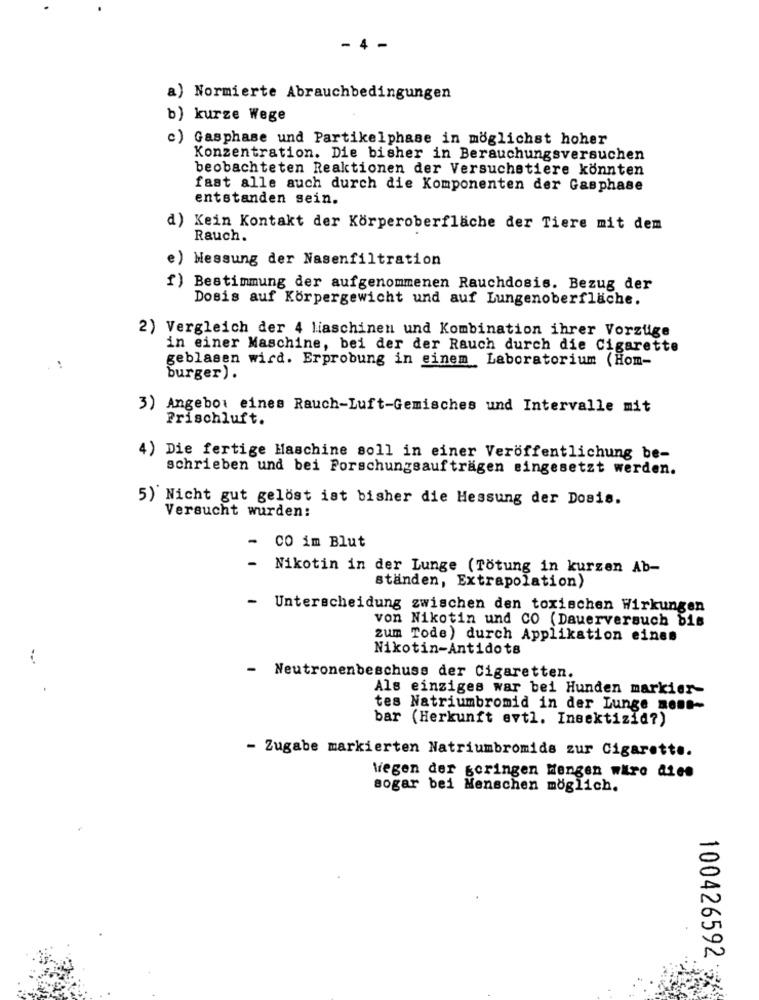
- 4 -
a) Normierte Abrauchbedingungen
b) kurze Wege
c) Gasphase und Partikelphase in möglichst hoher
Konzentration. Die bisher in Berauchungsversuchen
beobachteten Reaktionen der Versuchstiere könnten
fast alle auch durch die Komponenten der Gasphase
entstanden sein.
d)
Kein Kontakt der Körperoberfläche der Tiere mit dem
Rauch.
e) Messung der Nasenfiltration
f) Bestimmung der aufgenommenen Rauchdosis. Bezug der
Dosis auf Körpergewicht und auf Lungenoberfläche.
2) Vergleich der 4 liaschinen und Kombination ihrer Vorzüge
in einer Maschine, bei der der Rauch durch die Cigarette
geblasen wird. Erprobung in einem Laboratorium (Hom-
burger).
3) Angebot eines Rauch-Luft-Gemisches und Intervalle mit
Frischluft.
4) Die fertige Maschine soll in einer Veröffentlichung be-
schrieben und bei Forschungsaufträgen eingesetzt werden.
5) Nicht gut gelöst ist bisher die Hessung der Dosis.
Versucht wurden:
- CO im Blut
-
Nikotin in der Lunge (Tötung in kurzen Ab-
standen, Extrapolation)
- Unterscheidung zwischen den toxischen Wirkungen
von Nikotin und CO (Dauerversuch bis
zum Tode) durch Applikation eines
Nikotin-Antidots
- Neutronenbeschuss der Cigaretten.
Als einziges war bei Hunden markier-
tes Natriumbromid in der Lunge mont-
bar (Herkunft evtl. Insektizid?)
- Zugabe markierten Natriumbromids zur Cigarette.
Wegen der geringen Mengen wire dies
sogar bei Menschen möglich.
100426592